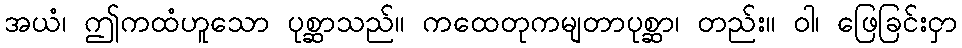
အယံ၊ ဤကထံဟူသော ပုစ္ဆာသည်။ ကထေတုကမျတာပုစ္ဆာ၊ တည်း။ ဝါ၊ ဖြေခြင်းငှာ